Scottish Leaving Certificate Examination, 1961
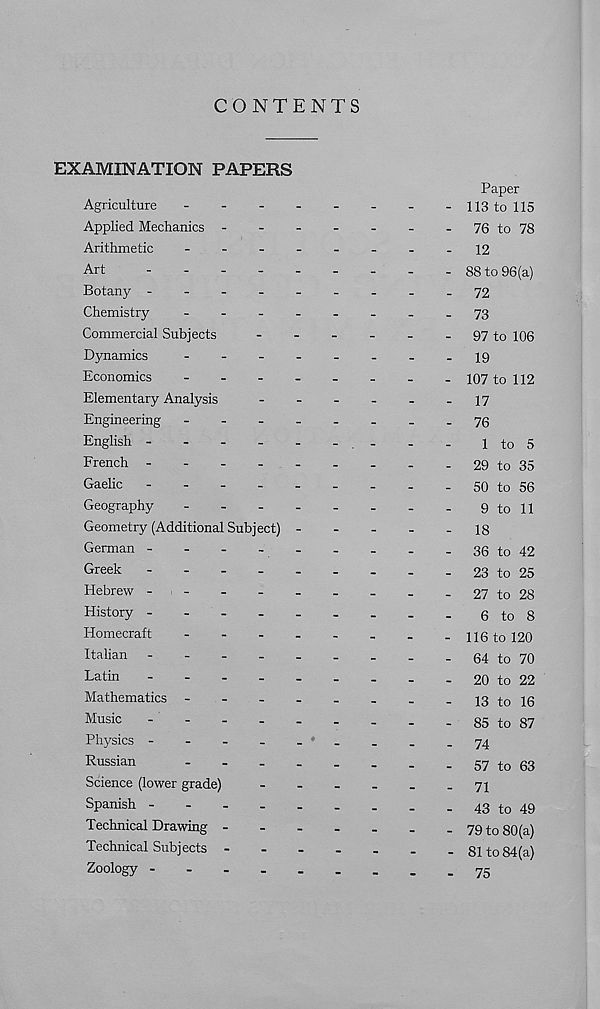
CONTENTS
EXAMINATION PAPERS
Paper
Agriculture
-
- 113 to 115
Applied Mechanics -
-
-
-
-
-
-
76 to 78
Arithmetic
-
--
--
--
-12
Art
88 to 96(a)
Botany -
--
--
--
.-72
Chemistry
-
--
--
-..73
Commercial Subjects
-
-
-
-
-
-
97 to 106
Dynamics
-
--
--
-.-19
Economics
-
107 to 112
Elementary Analysis
-
-
-
-
-
-17
Engineering
-
--
--
--
.76
English
.
.
.
1 to 5
French -
29 to 35
Gaelic
50 to 56
Geography
-
-
-
-
-
.
.
-
9 to 11
Geometry (Additional Subject)
18
German -
-
-
-
-
-
-
-
-
36 to 42
Greek
23 to 25
Hebrew -
-
-
27 to 28
History
6 to 8
Homecraft
116 to 120
Itaiian -
-
-
64 to 70
Latin
20 to 22
Mathematics -
-
-
-
-
_
_
-
13 to 16
Music
-
-
85 to 87
Physics -
-
-
-
. "
_
_
-74
Russian
57 to 63
Science (lower grade)
-
-
-
-
_
-
71
Spanish
43 to 49
Technical Drawing
79 to 80(a)
Technical Subjects ------- 81 to 84(a)
Zoology